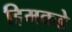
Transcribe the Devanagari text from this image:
हिमकडे